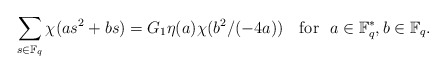
\begin{align*} \sum_{s\in \mathbb F_q} \chi(as^2+bs) = G_1 \eta(a) \chi({b^2}/{(-4a)})\quad\mbox{for}~~a\in \mathbb F_q^*, b\in \mathbb F_q.\end{align*}